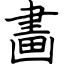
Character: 畵